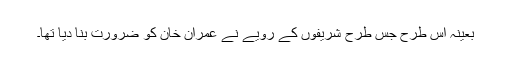
بعینہٖ اس طرح جس طرح شریفوں کے رویے نے عمران خان کو ضرورت بنا دیا تھا۔